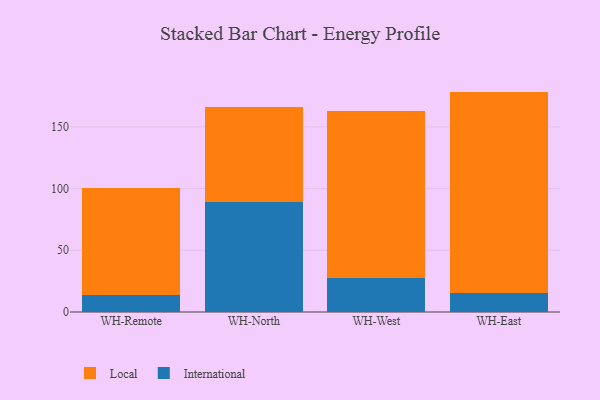
{"axis": {"x": "Warehouse", "y": "Website Visitors"}, "legend": ["International", "Local"], "data": [{"x": "WH-Remote", "y": 13.7, "type": "International"}, {"x": "WH-Remote", "y": 86.7, "type": "Local"}, {"x": "WH-North", "y": 88.9, "type": "International"}, {"x": "WH-North", "y": 76.9, "type": "Local"}, {"x": "WH-West", "y": 27.7, "type": "International"}, {"x": "WH-West", "y": 135.0, "type": "Local"}, {"x": "WH-East", "y": 15.6, "type": "International"}, {"x": "WH-East", "y": 162.9, "type": "Local"}]}